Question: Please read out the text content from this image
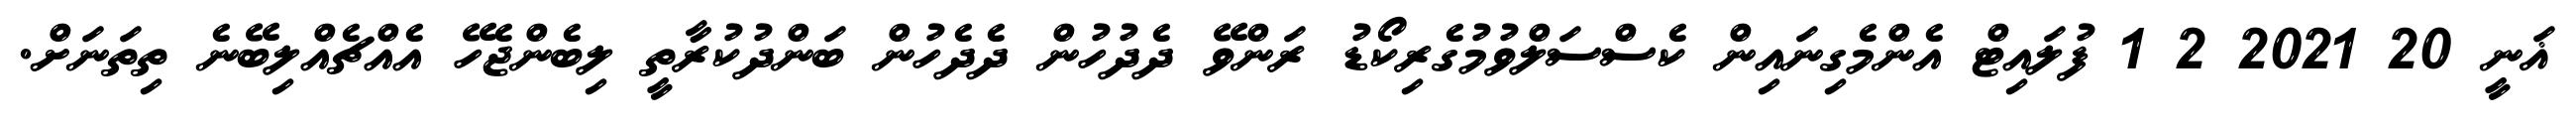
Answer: ޣަނީ 20 2021 2 1 ފުލައިޓް އެންމެގިނައިން ކެސްސަލްވުމުގެރިކޯޑު ރަންވޭ ދެދުހުން ދެދެހުން ބަންދުކުރާތީ ލިބެންޖެހޭ އެއްޗެއްލިބޭނެ ތިތަނަށް.